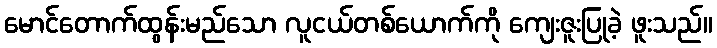
မောင်တောက်ထွန်းမည်သော လူငယ်တစ်ယောက်ကို ကျေးဇူးပြုခဲ့ ဖူးသည်။